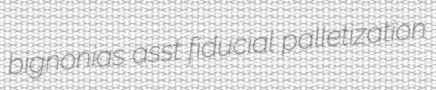
bignonias asst fiducial palletization